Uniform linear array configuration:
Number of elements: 12
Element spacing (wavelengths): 0.5
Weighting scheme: blackman
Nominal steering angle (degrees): -60
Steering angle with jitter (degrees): -60.345
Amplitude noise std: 0.05
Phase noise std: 0.05

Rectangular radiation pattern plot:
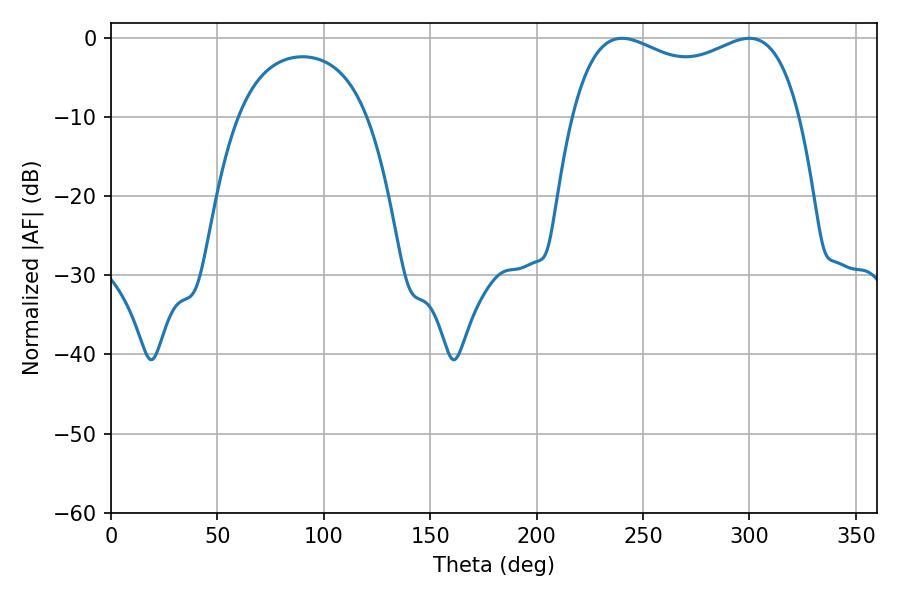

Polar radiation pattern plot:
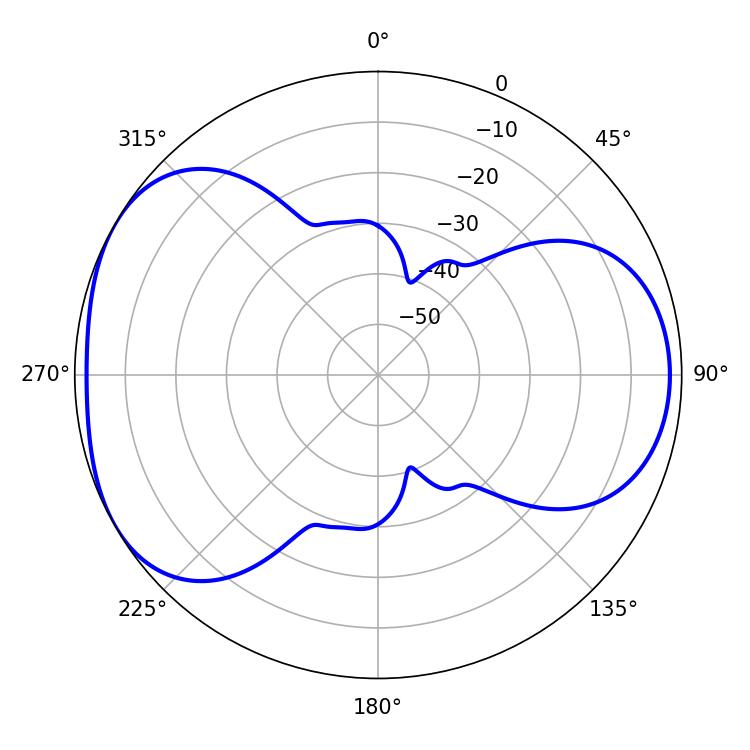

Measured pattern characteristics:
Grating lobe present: FALSE
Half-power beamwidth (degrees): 88.2
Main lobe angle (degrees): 240.12